Annual report on the working of the lock hospitals in the Central Provinces
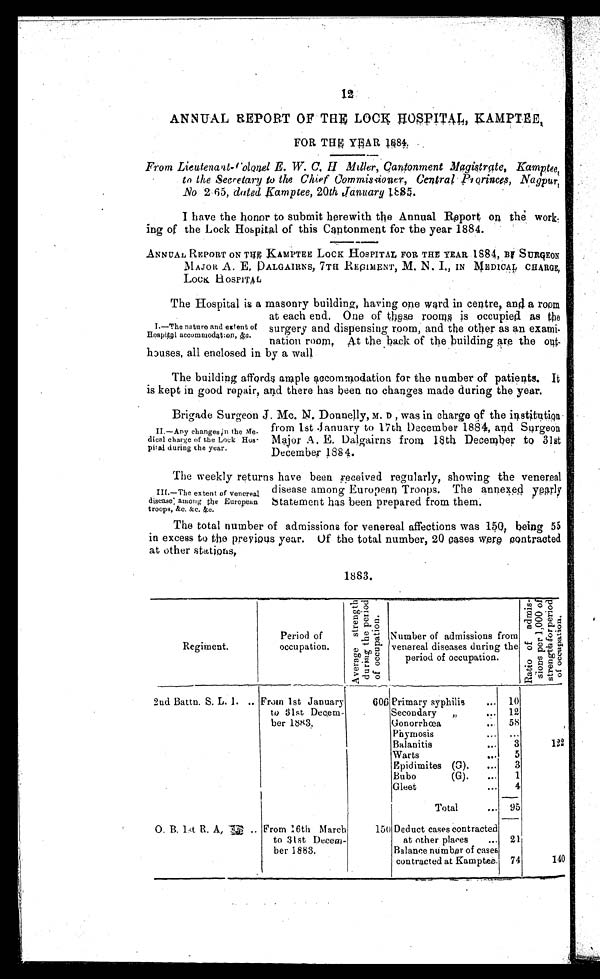
12
ANNUAL REPORT OF THE LOCK HOSPITAL, EAMPTEE,
FOR THE
YE
AR 1884.
From Lieutenant-Colonel E. W. C, H Miller, Cantonment Magistrgte, Kamptee
to the Secretary to the Chief Commissioner, Central Prorinces, Nagpur,
.No 2.65, dated Kamptee, 20th January 1885.
I have the honor to submit herewith the Annual Report on the work
ing of the Lock Hospital of this Cantonment for the year 1884.
ANNUAL REPORT ON THE KAMPTEE LOCK HOSPITAL FOR THE YEAR 1884, BY SURGEON
MAJOR A. E, DALGAIRNS, 7TH REGIMENT,M. N .I
IN MED1CAL CHARGE,
LOCK HOSPITAL
The Hospital is a masonry building, having one ward in centre, and a ro
om
at each end. One of these rooms is occupiea as the
surgery and dispensing room, and the other as an exami-
nation room, At the back of the building are the out-
houses, all enclosed in by a wall
I.—The nature and extent of
H
ospita1 accommodat: on,
&amp; c
The building affords ample accommodation for the number of patients. It
is kept in good repair, and there has been no changes made during the year.
Brigade Surgeon J. Mc. N. Donnelly, M. D , was in charge of the institution.
from 1st January to 17th December 1884, and Surgeon
Major A. E. Dalgairns from 18th December to 31st
December 1884.
II.—Any changes in the Me-
dical charge of the Lock Hos-
pical during the year.
The weekly returns have been received regularly, showing the venereal
disease among European Troops. The annexed yearly
statement has been prepared from them.
III.—The extent of venereal
disease: among the European
troops, &amp;c.
&amp;c. &amp;c.
The total number of admissions for venereal affections was 150, being 55
in excess to the previous year. Of the total number, 20 cases were contracted
at other stations,
1883.
Regiment.
Period o
f occupation.
A v e r a g e s t r e n g t h d u r i n g t h e p e r i o d o f o c c u p a t i o n .
Number of admissions from
venereal diseases during the
period of occupation.
R a t i o o f a d m i s s i o n s p e r 1 , 0 0 0 o f s t r e n g t h f o r p e r i o d o f o c c u p a t i o n .
2nd Battn. S. L. 1. .. From 1st January
to 31st Decem
ber 1883.
606 Primary syphilis
... 10
122
Secondary
„
... 12
Gonorrhœa
.•
58
Phymosis
••• •••
Balanitis
...
3
Warts
••.
5
Epidimites (G).
...
3
Bubo
(G).
...
1
O. B. 1st R. A,
From 16th March
to 31st Dece
mber 1883.
150
140
Gleet
...
4
Total
... 95
Deduct cases contracted
at other places
... 21
Balance number of cases
contracted at Kamptee. 74